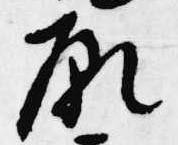
願